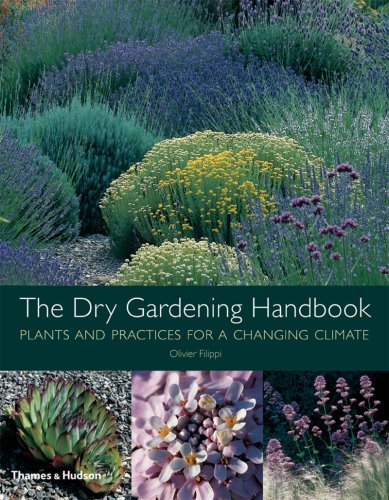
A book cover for The Dry Gardening Handbook: Plants and Practices for a Changing Climate; Olivier Filippi; Crafts, Hobbies & Home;